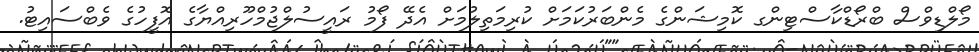
މޯލްޑިވްސް ބްރޯޑްކާސްޓިންގ ކޮމިޝަންގެ މެންބަރުކަމަށް ކުރިމަތިލުމަށް އެދޭ ފޯމު ރައީސުލްޖުމްހޫރިއްޔާގެ އޮފީހުގެ ވެބްސައިޓު.